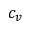
c _ { v }